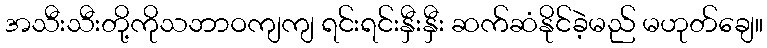
အသီးသီးတို့ကိုသဘာဝကျကျ ရင်းရင်းနှီးနှီး ဆက်ဆံနိုင်ခဲ့မည် မဟုတ်ချေ။